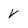
Character: V